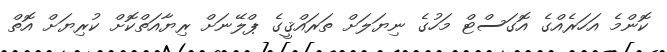
ކޮންމެ އަހަރެއްގެ އޮގަސްޓް މަހުގެ ނިޔަލަށް ތަރައްޤީގެ ޕްލޭނަށް ރިޔާއަތްކޮށް ކުރިޔަށް އޮތް